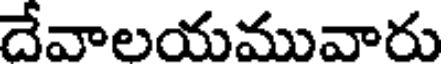
దేవాలయమువారు